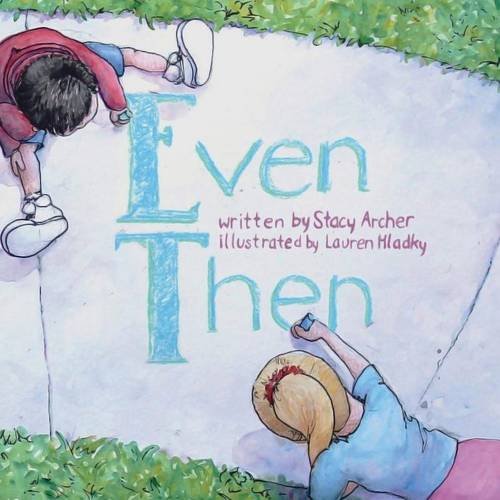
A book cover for Even Then; Stacy Archer; Self-Help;